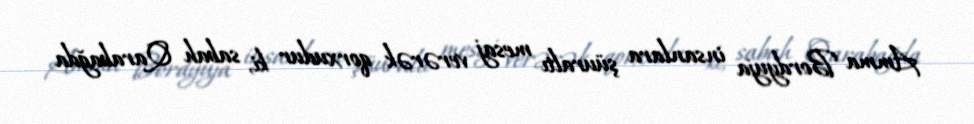
Amma Bordyuja insanlara şüuraltı mesaj verərək qorxudur ki, sabah Qarabağda